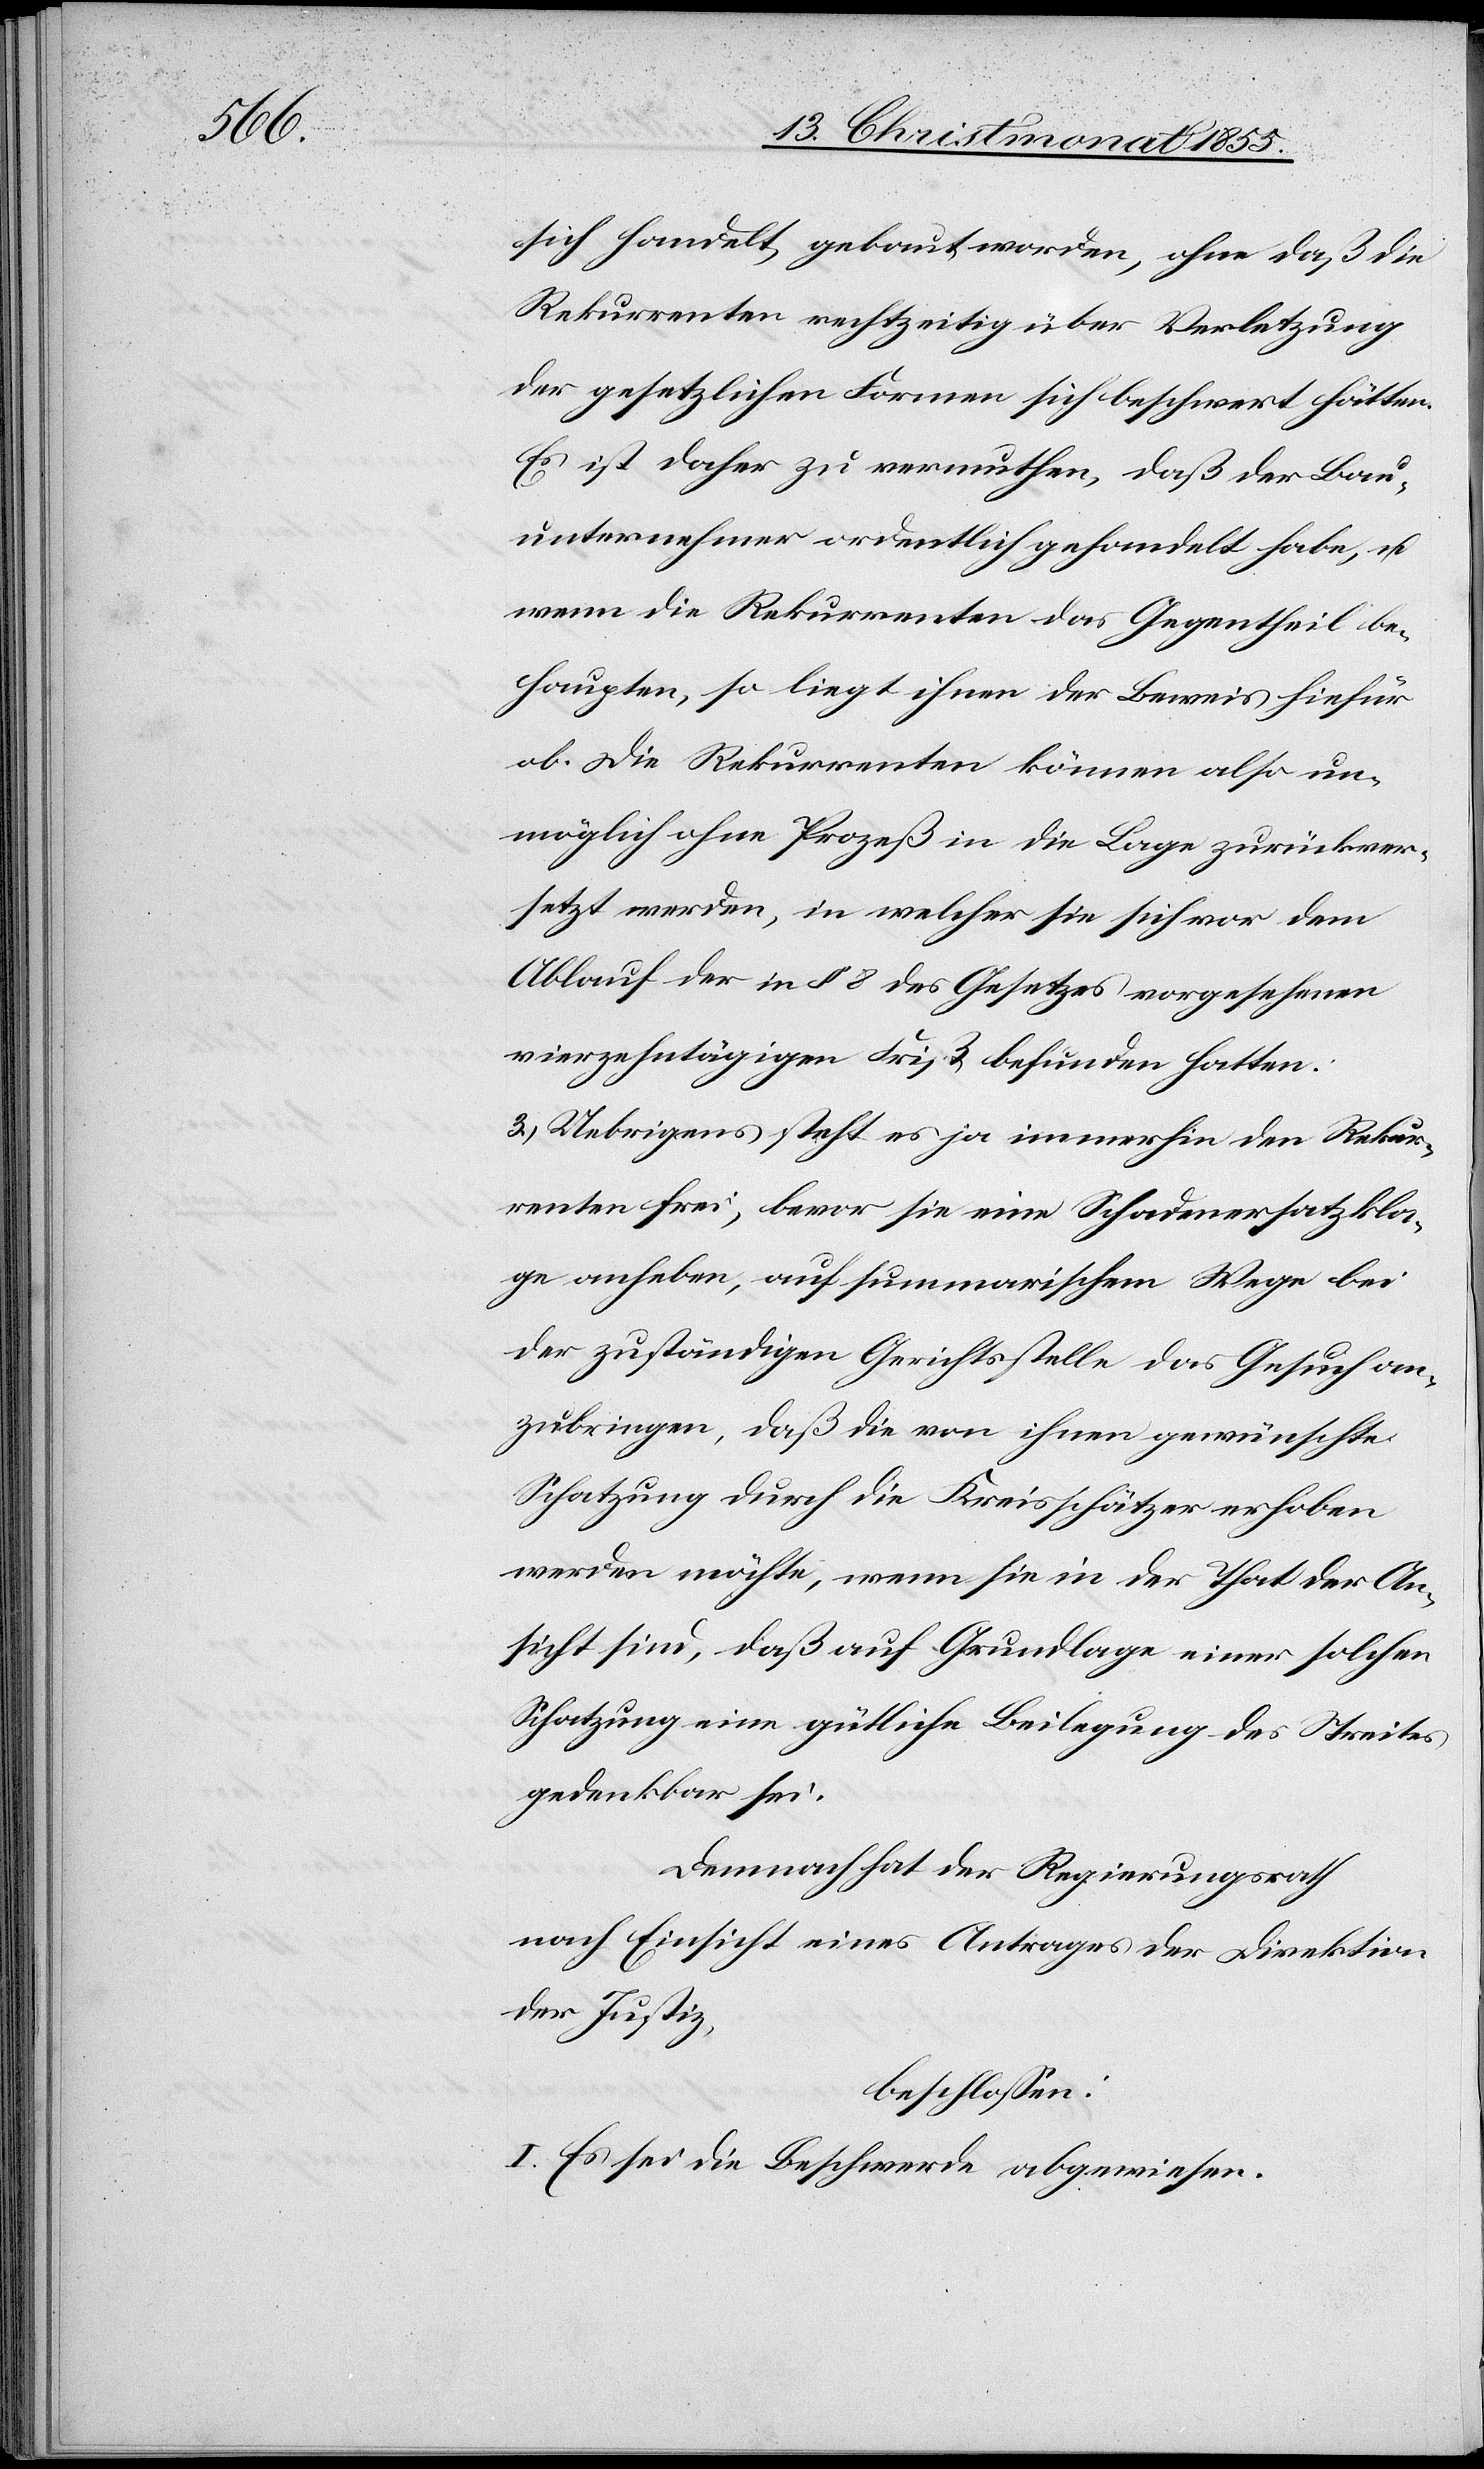
sich handelt, gebaut worden, ohne daß die
Rekurrenten rechtzeitig über Verletzung
der gesetzlichen Formen sich beschwert hätten.
Es ist daher zu vermuthen, daß der Bau¬
unternehmer ordentlich gehandelt habe, u.
wenn die Rekurrenten das Gegentheil be¬
haupten, so liegt ihnen der Beweis hiefür
ob. Die Rekurrenten können also un¬
möglich ohne Prozeß in die Lage zurückver¬
setzt werden, in welcher sie sich vor dem
Ablauf der in § 8 des Gesetzes vorgesehenen
vierzehntägigen Frist befunden hatten.
3.) Uebrigens steht es ja immerhin den Rekur¬
renten frei, bevor sie eine Schadenersatzkla¬
ge anheben, auf summarischem Wege bei
der zuständigen Gerichtsstelle das Gesuch an¬
zubringen, daß die von ihnen gewünschte
Schatzung durch die Kreisschätzer erhoben
werden möchte, wenn sie in der That der An¬
sicht sind, daß auf Grundlage einer solchen
Schatzung eine gütliche Beilegung des Streites
gedenkbar sei.
Demnach hat der Regierungsrath
nach Einsicht eines Antrages der Direktion
der Justiz,
beschlossen:
I. Es sei die Beschwerde abgewiesen.